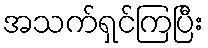
အသက်ရှင်ကြပြီး